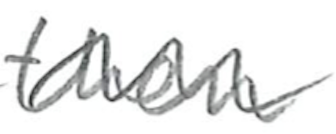
Text: then
Cross-out: wave
Writing tool: pencil